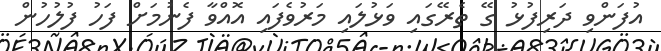
އުފަންވި ދަރިފުޅު ގޭ ތެރޭގައި ވަޅުލައި މަރުވެފައި އޮއްވާ ފެނުމަށް ފަހު ފުލުހުން